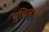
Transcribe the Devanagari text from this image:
बुधिसागर